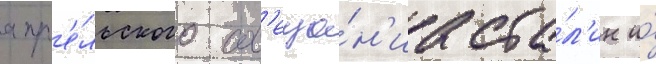
апр'е́льского сов'еща́н'иа ста́л'ин и́